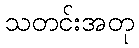
သတင်းအတု